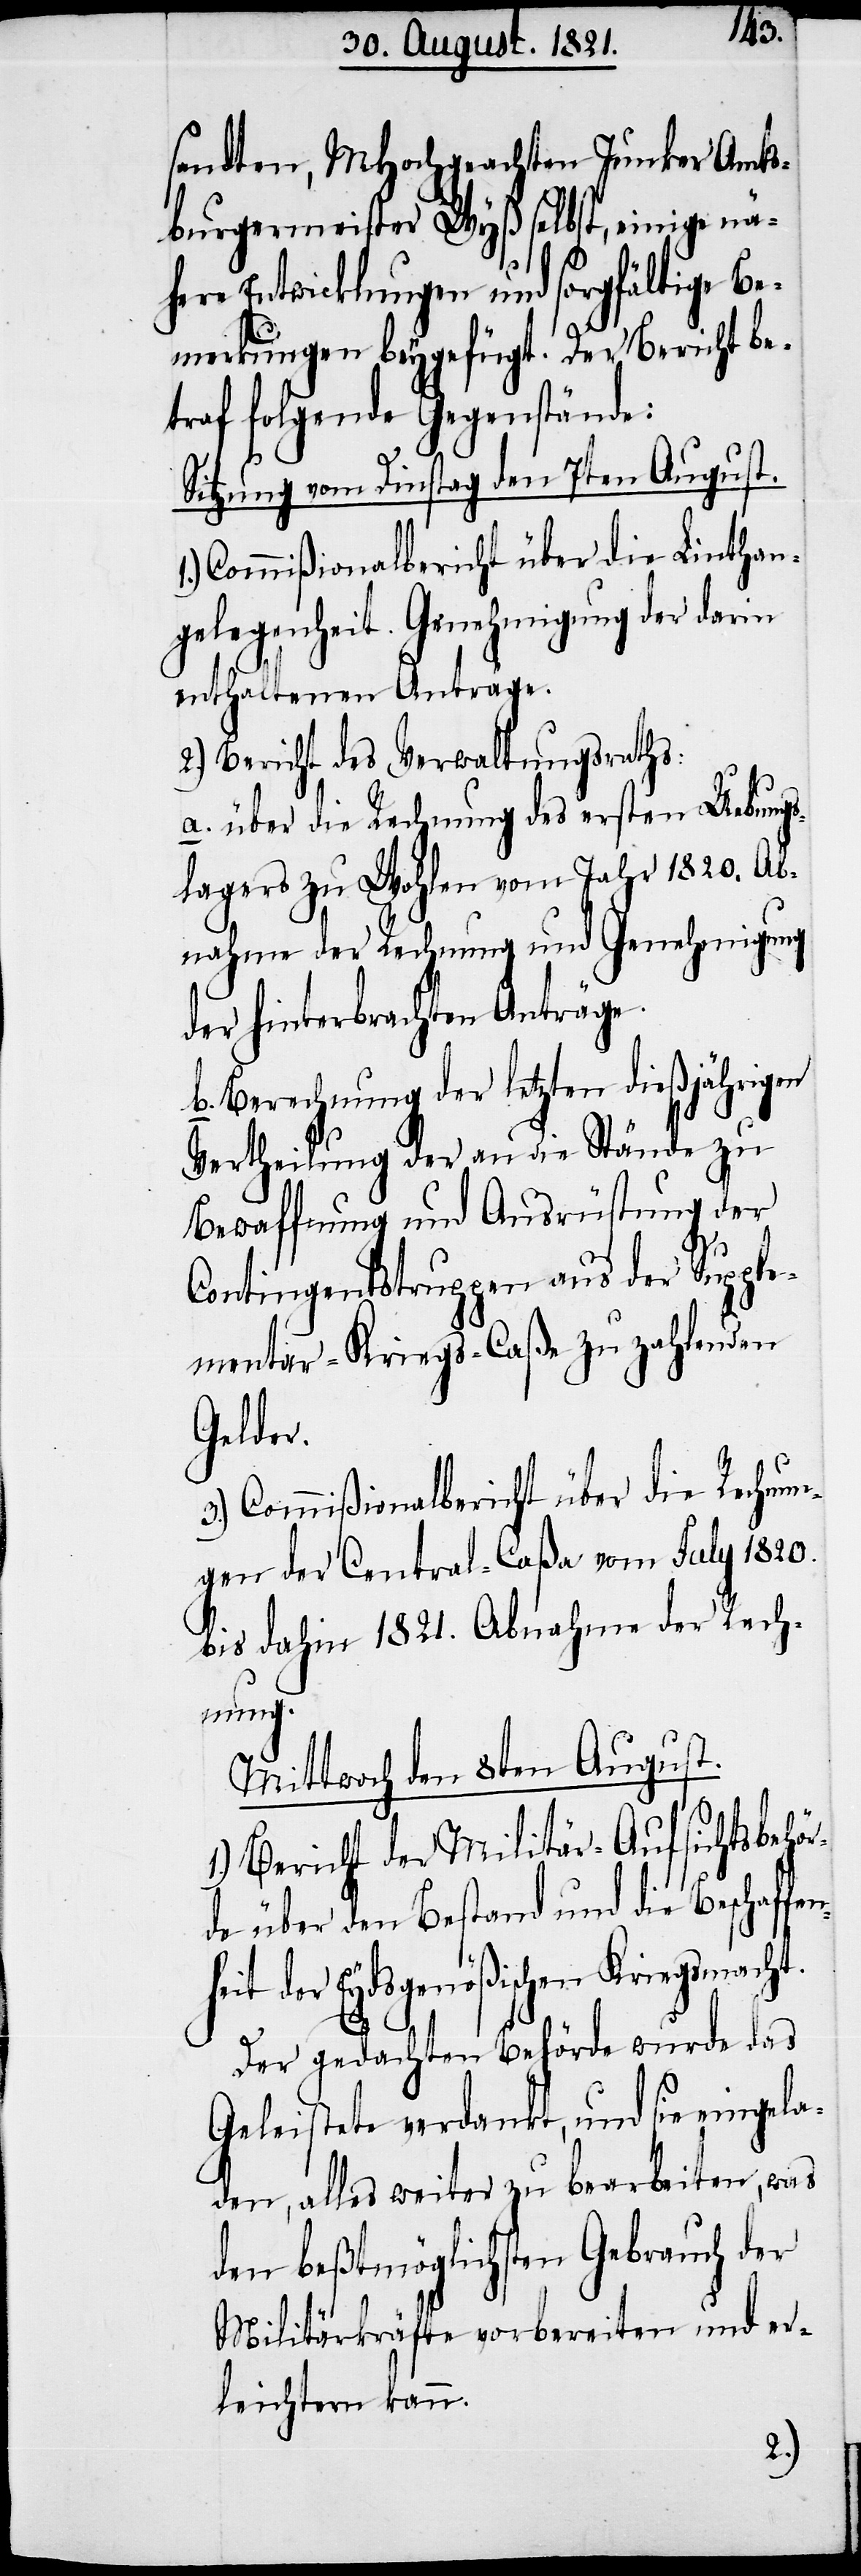
sandten, MHochgeachten Junker Amts¬
burgermeister Wyß selbst, einige nä¬
here Entwicklungen und sorgfältige Be¬
merkungen beygefügt. Der Bericht be¬
traf folgende Gegenstände:
Sitzung vom Dinstag den 7ten August.
Commißionalbericht über die Linthan¬
gelegenheit. Genehmigung der darin
enthaltenen Anträge.
2.) Bericht des Verwaltungsraths:
a. über die Rechnung des ersten Uebungs¬
lagers zu Wohlen vom Jahr 1820. Ab¬
nahme der Rechnung und Genehmigung
der hinterbrachten Anträge.
Berechnung der letzten dießjährigen
Vertheilung der an die Stände zu
Bewaffnung und Ausrüstung der
Contingentstruppen aus der Supple¬
mentar-Kriegs-Caßa zu zahlenden
fenhe¬
3.) Commißionalbericht über die Rechnun¬
gen der Central-Caßa vom July 1820.
bis dahin 1821. Abnahme der Rech¬
nung.
Mittwoch den 8ten August.
1.) Bericht der Militär-Aufsichtsbehör¬
de über den Bestand und die Beschaf¬
it der Eydsgenößischen Kriegsmacht.
Der gedachten Behörde wurde das
Geleistete verdankt, und sie eingela¬
den, alles weiter zu bearbeiten, was
den beßtmöglichen Gebrauch der
Militärkräfte vorbereiten und er¬
leichtern kann.
1.)